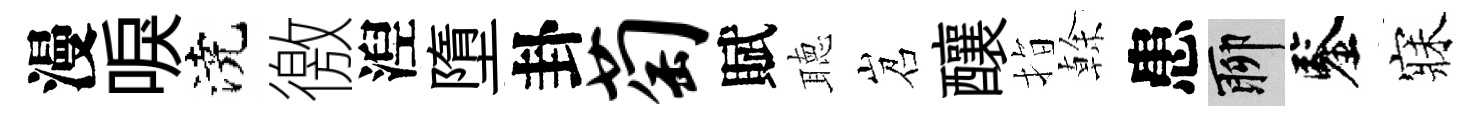
漫唳澆徼湼墮卦萄賦聴岧釀指𠏉患聊鑒寐